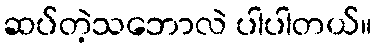
ဆပ်တဲ့သဘောလဲ ပါပါတယ်။